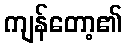
ကျန်တော့၏